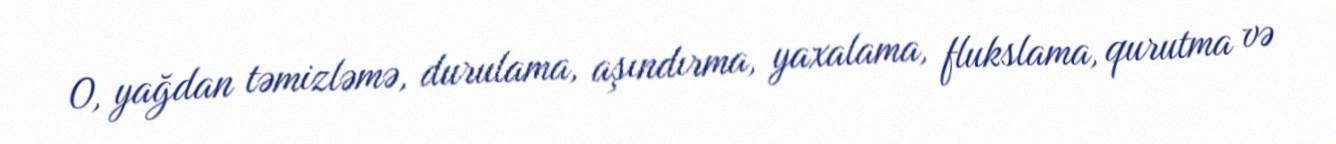
O, yağdan təmizləmə, durulama, aşındırma, yaxalama, flukslama, qurutma və